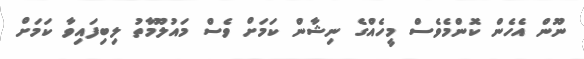
ނޫން އެހެން ކޮންމެވެސް މީހެއްގެ ނިޝާން ކަމަށް ވެސް މައުލޫމާތު ލިބިފައިވާ ކަމަށް